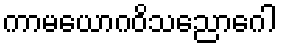
ကာမယောဂဝိသညောဂေါ